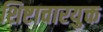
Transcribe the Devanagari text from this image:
शिष्टाचारयुक्त